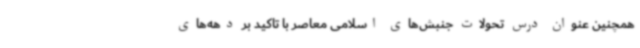
همچنین عنوان درس تحولات جنبش‌های اسلامی معاصر با تاکید بر دهه‌های